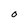
Character: O